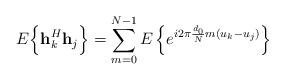
LaTeX: \begin{align*} E \Big\{\mathbf{h}_k^H \mathbf{h}_j\Big\}= \sum_{m=0}^{N-1}E \left\{e^{i2\pi\frac{d_0}{N}m(u_k-u_j)}\right\}\end{align*}